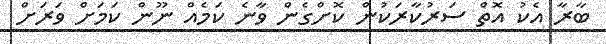
ބާރާ އެކު އޮތް ސަރުކާރަކުން ކޮށްގެން ވާނެ ކަމެއް ނޫން ކަމަަށް ވަރަށް